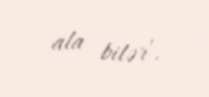
ala bilər’.